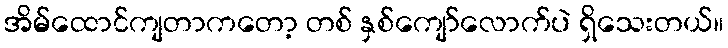
အိမ်ထောင်ကျတာကတော့ တစ် နှစ်ကျော်လောက်ပဲ ရှိသေးတယ်။